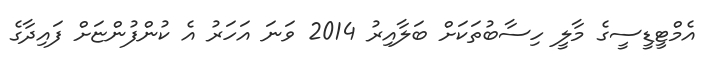
އެމްޓީޑީސީގެ މާލީ ހިސާބުތަކަށް ބަލާއިރު 2014 ވަނަ އަހަރު އެ ކުންފުންޏަށް ފައިދާގެ